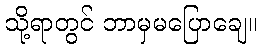
သို့ရာတွင် ဘာမှမပြောချေ။